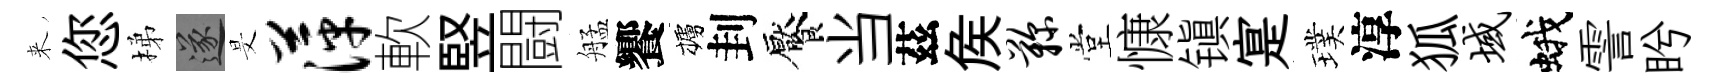
来您梯遂旻萍軟竪闘艋饗櫨刲饜当茲矦鞠堂慷镇寔璞淳狐域蛾霅盻